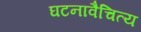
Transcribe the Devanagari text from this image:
घटनावैचित्य